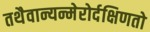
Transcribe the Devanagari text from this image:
तथैवान्यन्मेरोर्दक्षिणतो